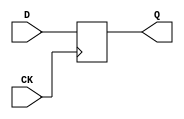
// Fujitsu AV cell
// Positive Edge Clocked 4-bit DFF
// furrtek 2022

`timescale 1ns/100ps

module FDS(
	input CK,
	input [3:0] D,
	output reg [3:0] Q = 4'd0
);

	always @(posedge CK)
		Q <= D;		// tmax = 7.7ns

endmodule